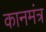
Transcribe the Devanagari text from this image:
कानमंत्र